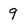
Character: 9